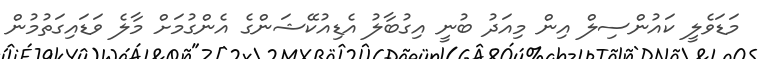
މަޑަވެލީ ކައުންސިލް އިން މިއަދު ބުނީ އިގުބާލު އެޑިއުކޭޝަންގެ އެންގުމަށް މާލެ ވަޑައިގަތުމުން